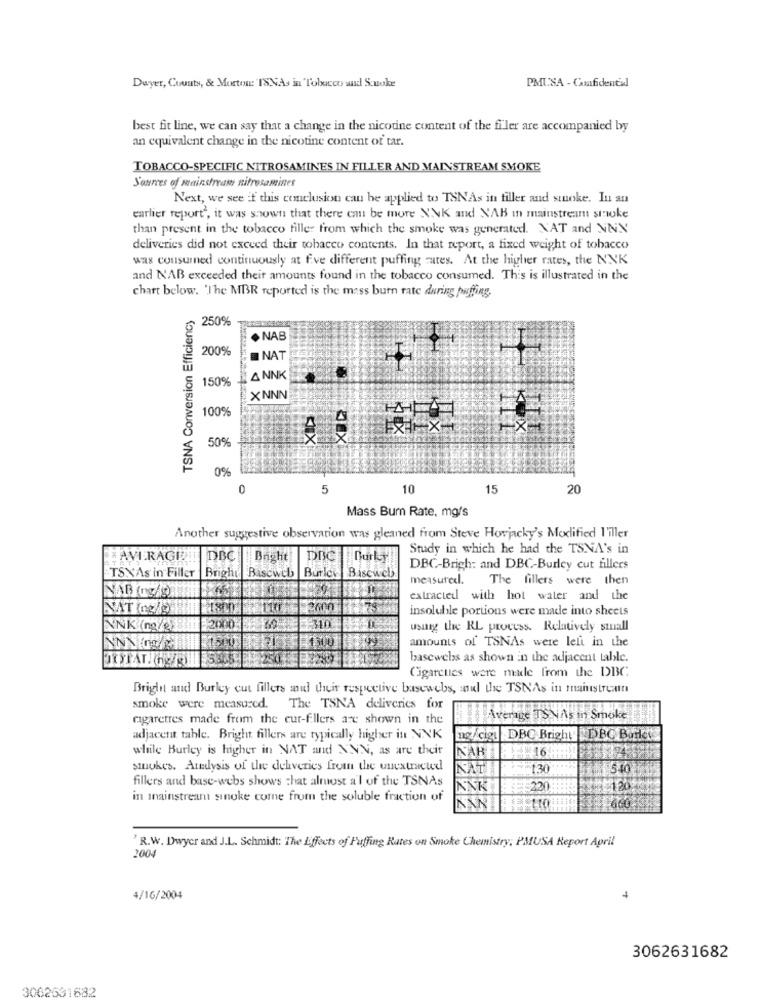
Dwyer, County, & Morton:'ISNAs in Tobacco and Suoke
PMUSA - Confidential
best fit line, we can say that a change in the nicotine content of the filer are accompanied by
an equivalent change in the nicotine content of tar.
TOBACCO-SPECIFIC NITROSAMINES IN FILLER AND MAINSTREAM SMOKE
Sources of mainstream nitrosamines
Next, we see if this conclusion can be applied to TSNAs in filler and stuoke. In an
earlier report", it was shown that there can be more NNK and NAB i mainstream smoke
than present in the tobacco fille: from which the smoke was generated. XAT and NNN
deliveries did not exceed their tobacco contents. In that report, a fixed weight of tobacco
was consumned continuously at five different puffing cates. At the higher rates, the NNK
and NAB exceeded their amounts found in the tobacco consumed. This is illustrated in the
chart below. 'The MBR reported is the mass burn rate during puffing.
TSNA Conversion Efficiency
250%
NAB
200%
NAT
150%
ANNK
XNNN
100%
50%
0%
0
5
10
15
20
Mass Bur Rate, mg/s
Another suggestive observation was gleaned from Steve Hovjacky's Modified I'iller
Study in which he had the TSNA's in
AVERAGEDI
DBC
Bright
DBC-Brigh: and DBC-Burley cut fillers
TSXAs in Filler |Bright
Bascweb
Burley Biscweb
measured. The fillers were then
NAB (g/D)
extracted with hot water and the
NAT Ing/g)
insoluble portions were made into sheets
NNK (ng/2
using the RL process. Relatively small
amounts of TSNAs were leli in the
bascwebs as shown in the adjacent table.
Cigarcues were made from the DBC
Bright and Burley cut fillers mul their respective basewebs, and the TSNAs in mainstream
smoke were measured. The TSNA deliveries for
cigaretres made from the cur-fillers are shown in the
Average TS NAS in Smoke
adjacent table. Bright fillers are typically higher in NINK
ng /cigu DBC Bright DBC Burlete
while Burley is higher in NAT and XNN, as are their
KAR
16.
smokes. Analysis of the deliveries from the unextracted
130
fillers and base-webs shows that almost a'l of the TSNAs
INNK
220
120
in mainstream smoke come from the soluble fraction of
110
'R.W. Dwyer and J.L. Schmidt: The Effects of Puffing Rates on Smoke Chemistry; PMUSA Report April
200
4/16/2004
4
3062631682
3062531682